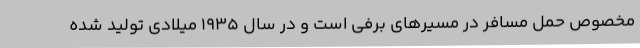
مخصوص حمل مسافر در مسیرهای برفی است و در سال 1935 میلادی تولید شده